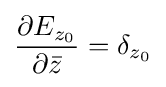
{\frac {\partial E_{z_{0}}}{\partial {\bar {z}}}}=\delta _{z_{0}}